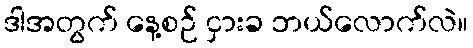
ဒါအတွက် နေ့စဉ် ငှားခ ဘယ်လောက်လဲ။